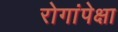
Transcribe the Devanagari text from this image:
रोगांपेक्षा